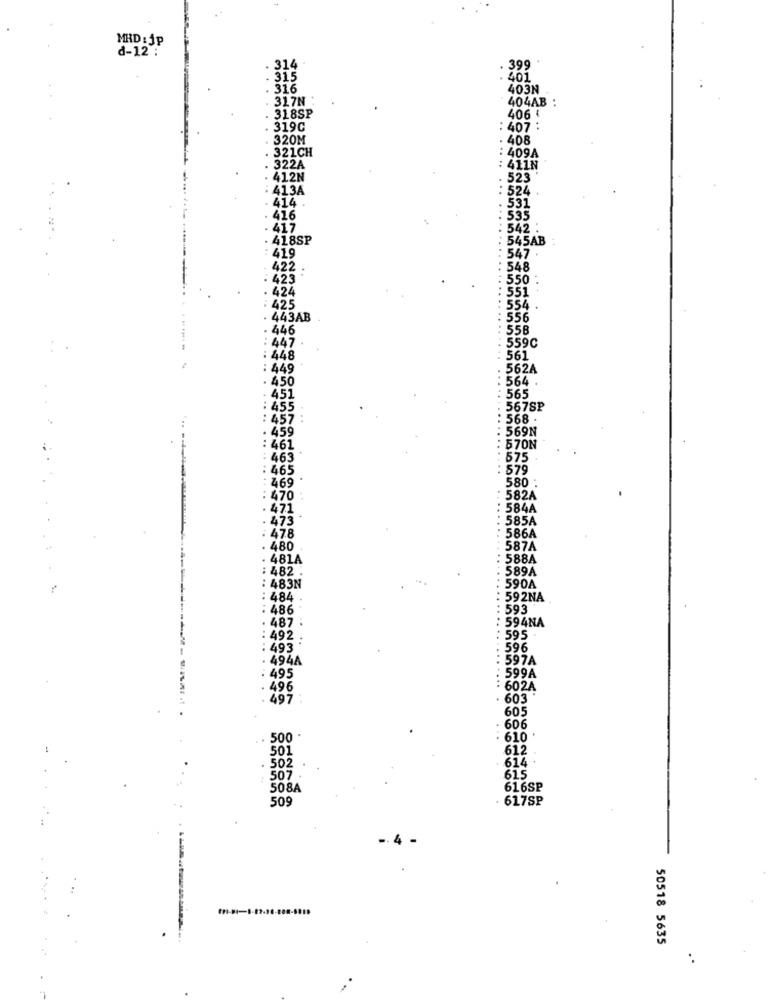
MRD :Jp
d-12 :
399
315
: 401
316
403N
31.7N
404AB :
. 318SP
406
319C
: 407 :
320M
408
321CH
409A
322A
11N
412N
23
413A
414
416
417
42
418SP
45AB
419
47
422
48
423
50
424
425
54.
443AB
556
. 446
558
559C
447
: 448
561
: 449
.562A
. 450
: 564 .
451
: 565
455
567SP
: 457
568.
. 459
569N
: 461
570N
463
575
465
579
469
580 :
470
582A
471
584A
473
585A
: 478
586A
. 480
587A
481A
588A
482 .
589A
: 483N
590A
484
592NA
486
593
487
594NA
492
: 595
493
596
494A
597A
495
599A
496
602A
497
. 603
605
...
606
500
610*
501
612
. 502
614
507
61.5
508A
616SP
509
. 617SP
50518 5635